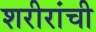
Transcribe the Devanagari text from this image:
शरीरांची